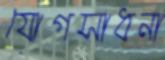
যোগসাধনা